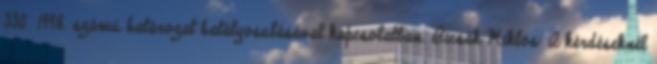
330 1998. számú határozat hatályosulásával kapcsolatban. Bicsák Miklós: A kérdéseknél